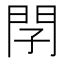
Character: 𨳕